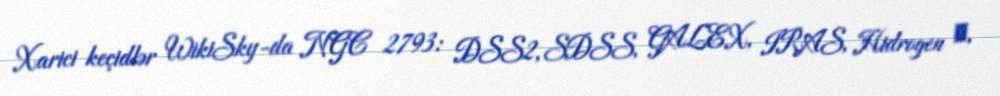
Xarici keçidlər WikiSky-da NGC 2793: DSS2, SDSS, GALEX, IRAS, Hidrogen α,